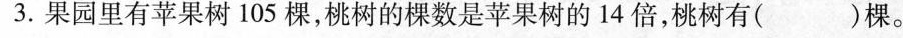
3.果园里有苹果树105棵，桃树的棵数是苹果树的14倍，桃树有( )棵。